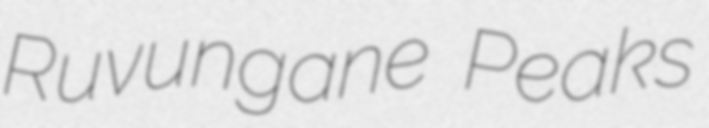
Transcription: Ruvungane Peaks